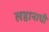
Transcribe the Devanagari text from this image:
लहानाची